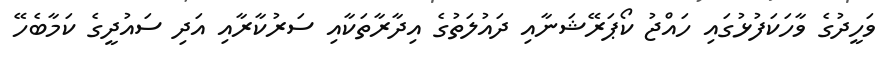
ވަހީދުގެ ވާހަކަފުޅުގައި ހައްޖު ކޯޕަރޭޝަނާއި ދައުލަތުގެ އިދާރާތަކާއި ސަރުކާރާއި އަދި ސައުދީގެ ކަމާބެހޭ